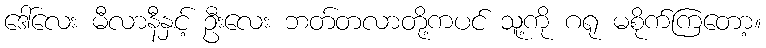
ဒေါ်လေး မီလာနီနှင့် ဦးလေး ဘတ်တလာတို့ကပင် သူ့ကို ဂရု မစိုက်ကြတော့။